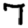
Digit: 7